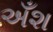
અઁશ